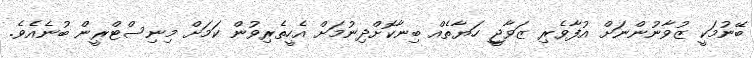
ބޭނުމަކީ ޒުވާނުންނަށް އުފާވެރި ޒަވާޖީ ހަޔާތެއް ބިނާކޮށްދިނުމަށް އެހީތެރިވުން ކަމަށް މިނިސްޓްރީން ބުނެއެވެ.